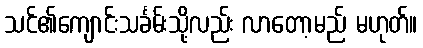
သင်၏ကျောင်းသင်္ခမ်းသို့လည်း လာတော့မည် မဟုတ်။